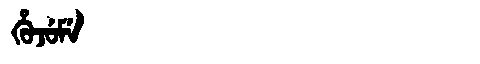
Manchu: ᡥᡠᠵᡠᠮᡝ
Romanization: HUJUME